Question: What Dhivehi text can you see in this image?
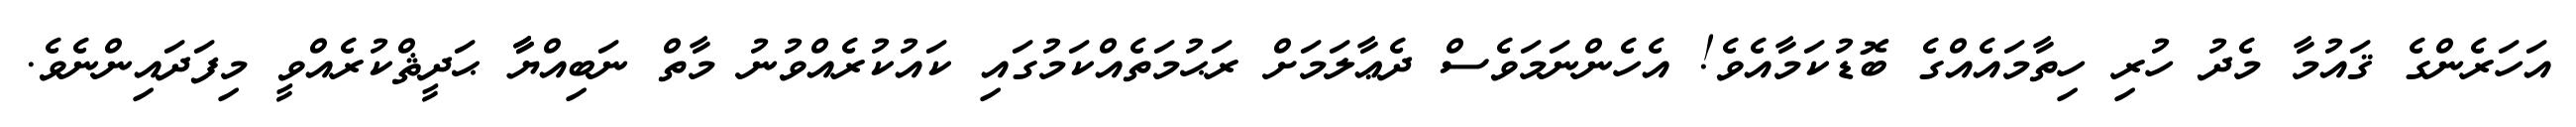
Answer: އަހަރެންގެ ޤައުމާ މެދު ހުރި ހިތާމައެއްގެ ބޮޑުކަމާއެވެ! އެހެންނަމަވެސް ދެޢާލަމަށް ރަޙުމަތެއްކަމުގައި ކައުކުރެއްވުނު މާތް ނަބިއްޔާާ ޙަދީޘްކުރެއްވީ މިފަދައިންނެވެ.